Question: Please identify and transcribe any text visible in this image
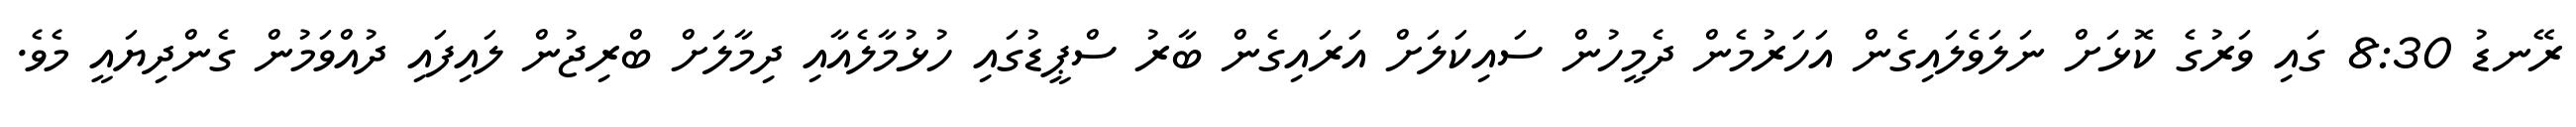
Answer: ރޭނޑު 8:30 ގައި ވަރުގެ ކޮޅަށް ނަލަވެލައިގެން އަހަރުމެން ދެމީހުން ސައިކަލަށް އަރައިގެން ބާރު ސްޕީޑުގައި ހުޅުމާލެއާއި ދިމާލަށް ބްރިޖުން ލައިފައި ދުއްވަމުން ގެންދިޔައީ މެވެ.